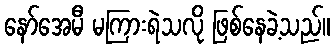
နော်အေမီ မကြားရဲသလို ဖြစ်နေခဲ့သည်။